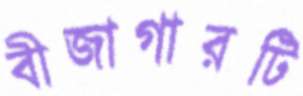
বীজাগারটি